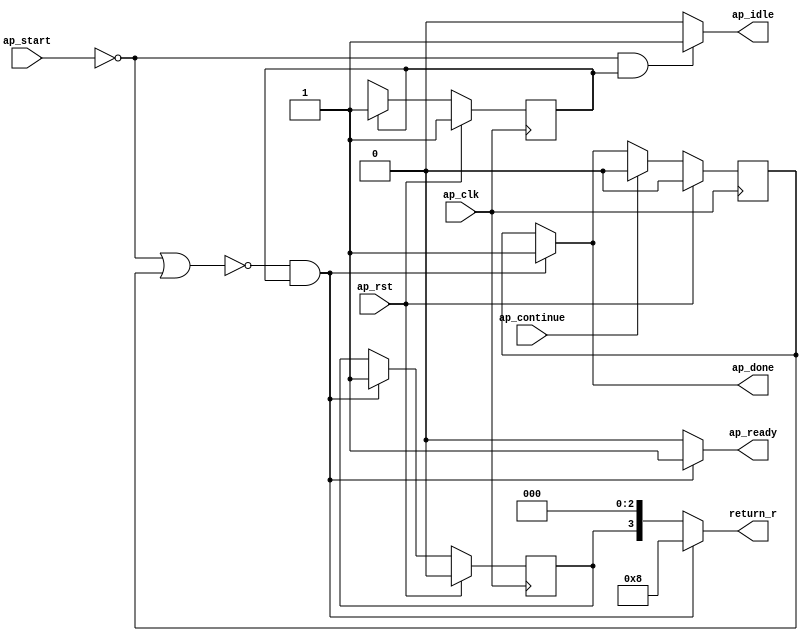
// Copyright (C) 2022, Advanced Micro Devices, Inc. All rights reserved.
// SPDX-License-Identifier: MIT
// ==============================================================
// Version: 2022.1
// 
// ===========================================================

`timescale 1 ns / 1 ps 

module pp_pipeline_accel_last_blk_pxl_width (
        ap_clk,
        ap_rst,
        ap_start,
        ap_done,
        ap_continue,
        ap_idle,
        ap_ready,
        return_r
);

parameter    ap_ST_fsm_state1 = 1'd1;

input   ap_clk;
input   ap_rst;
input   ap_start;
output   ap_done;
input   ap_continue;
output   ap_idle;
output   ap_ready;
output  [3:0] return_r;

reg ap_done;
reg ap_idle;
reg ap_ready;
reg[3:0] return_r;

reg    ap_done_reg;
(* fsm_encoding = "none" *) reg   [0:0] ap_CS_fsm;
wire    ap_CS_fsm_state1;
reg   [3:0] return_r_preg;
reg    ap_block_state1;
reg   [0:0] ap_NS_fsm;
reg    ap_ST_fsm_state1_blk;
wire    ap_ce_reg;

// power-on initialization
initial begin
#0 ap_done_reg = 1'b0;
#0 ap_CS_fsm = 1'd1;
#0 return_r_preg = 4'd0;
end

always @ (posedge ap_clk) begin
    if (ap_rst == 1'b1) begin
        ap_CS_fsm <= ap_ST_fsm_state1;
    end else begin
        ap_CS_fsm <= ap_NS_fsm;
    end
end

always @ (posedge ap_clk) begin
    if (ap_rst == 1'b1) begin
        ap_done_reg <= 1'b0;
    end else begin
        if ((ap_continue == 1'b1)) begin
            ap_done_reg <= 1'b0;
        end else if ((~((ap_start == 1'b0) | (ap_done_reg == 1'b1)) & (1'b1 == ap_CS_fsm_state1))) begin
            ap_done_reg <= 1'b1;
        end
    end
end

always @ (posedge ap_clk) begin
    if (ap_rst == 1'b1) begin
                return_r_preg[3] <= 1'b0;
    end else begin
        if ((~((ap_start == 1'b0) | (ap_done_reg == 1'b1)) & (1'b1 == ap_CS_fsm_state1))) begin
                        return_r_preg[3] <= 1'b1;
        end
    end
end

always @ (*) begin
    if (((ap_start == 1'b0) | (ap_done_reg == 1'b1))) begin
        ap_ST_fsm_state1_blk = 1'b1;
    end else begin
        ap_ST_fsm_state1_blk = 1'b0;
    end
end

always @ (*) begin
    if ((~((ap_start == 1'b0) | (ap_done_reg == 1'b1)) & (1'b1 == ap_CS_fsm_state1))) begin
        ap_done = 1'b1;
    end else begin
        ap_done = ap_done_reg;
    end
end

always @ (*) begin
    if (((ap_start == 1'b0) & (1'b1 == ap_CS_fsm_state1))) begin
        ap_idle = 1'b1;
    end else begin
        ap_idle = 1'b0;
    end
end

always @ (*) begin
    if ((~((ap_start == 1'b0) | (ap_done_reg == 1'b1)) & (1'b1 == ap_CS_fsm_state1))) begin
        ap_ready = 1'b1;
    end else begin
        ap_ready = 1'b0;
    end
end

always @ (*) begin
    if ((~((ap_start == 1'b0) | (ap_done_reg == 1'b1)) & (1'b1 == ap_CS_fsm_state1))) begin
        return_r = 4'd8;
    end else begin
        return_r = return_r_preg;
    end
end

always @ (*) begin
    case (ap_CS_fsm)
        ap_ST_fsm_state1 : begin
            ap_NS_fsm = ap_ST_fsm_state1;
        end
        default : begin
            ap_NS_fsm = 'bx;
        end
    endcase
end

assign ap_CS_fsm_state1 = ap_CS_fsm[32'd0];

always @ (*) begin
    ap_block_state1 = ((ap_start == 1'b0) | (ap_done_reg == 1'b1));
end

always @ (posedge ap_clk) begin
    return_r_preg[2:0] <= 3'b000;
end

endmodule //pp_pipeline_accel_last_blk_pxl_width